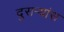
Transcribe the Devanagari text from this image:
दुसर्‍यांस